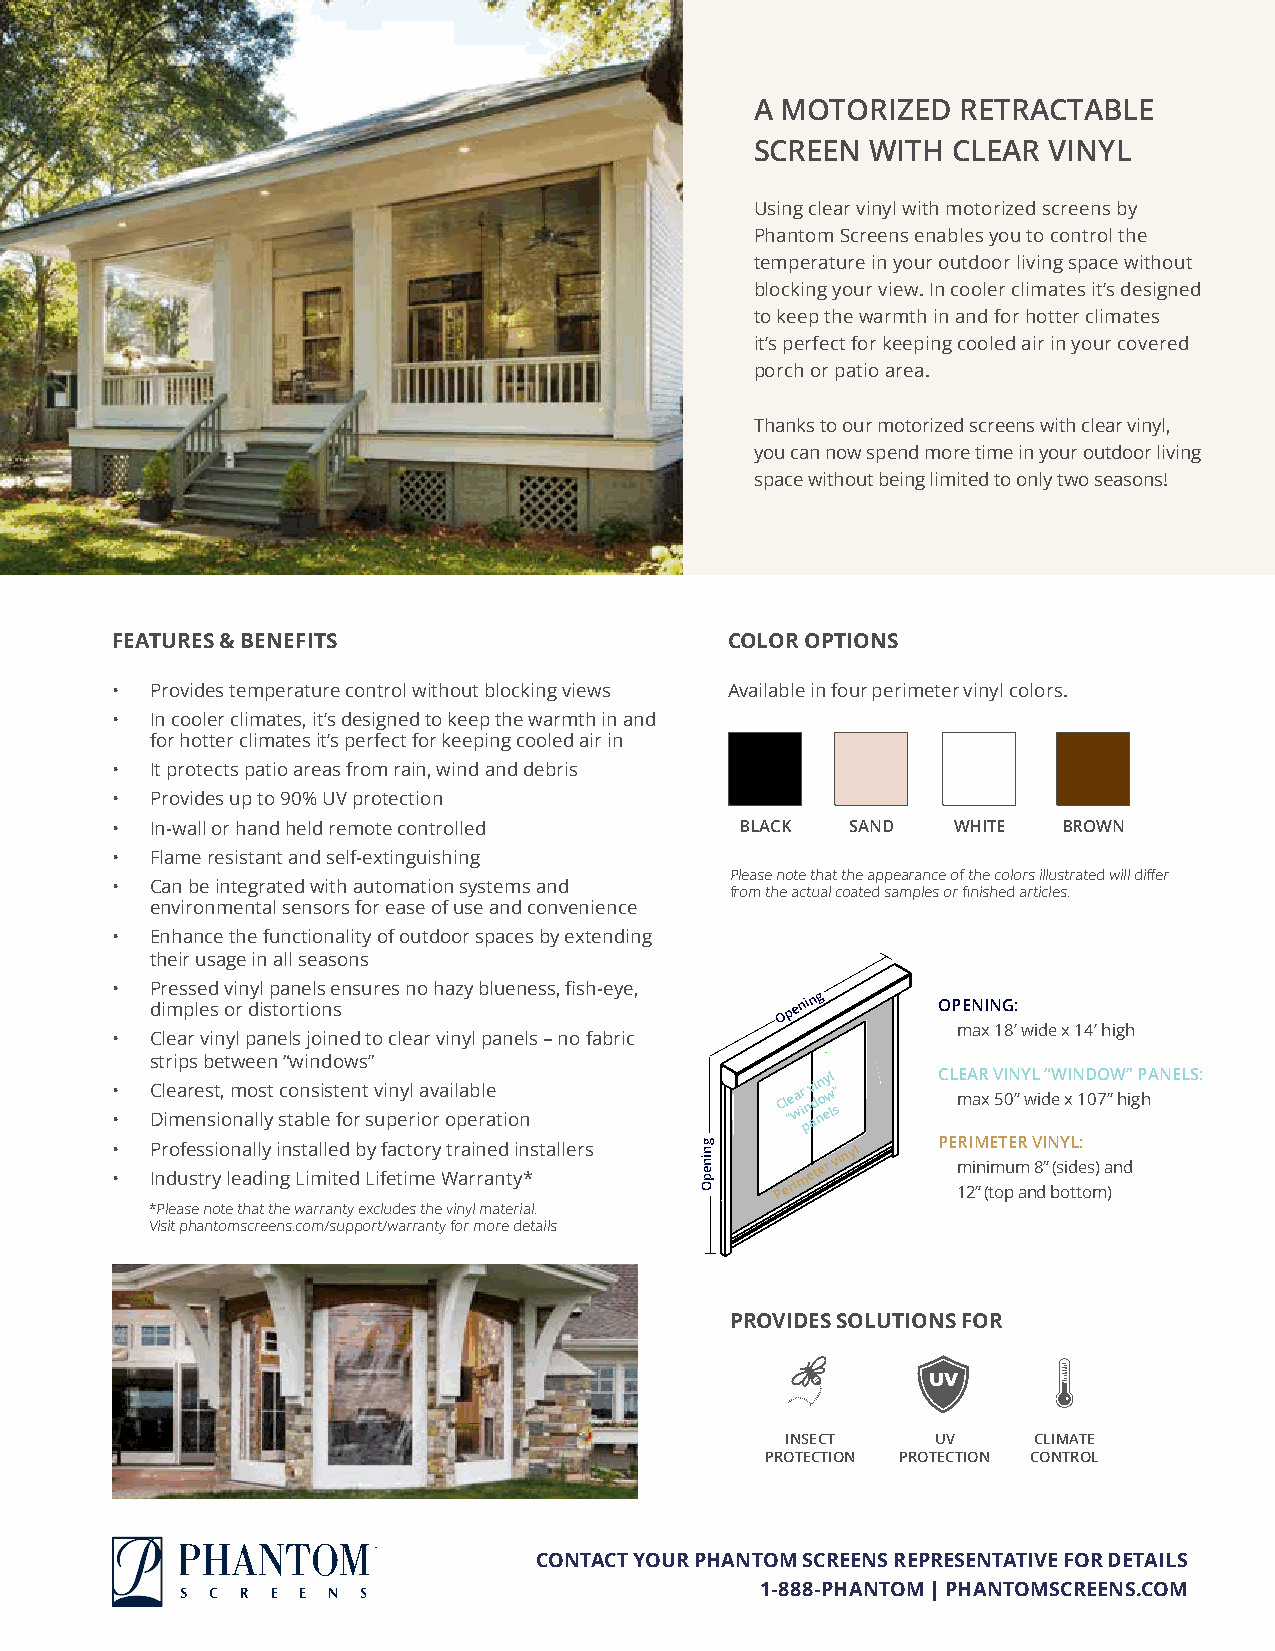
A MOTORIZED   RETRACTABLE
 SCREEN  WITH CLEAR VINYL
 Using clear vinyl with motorized screens by
 Phantom Screens enables you to control the
 temperature in your outdoor living space without
 blocking your view. In cooler climates it’s designed
 to keep the warmth in and for hotter climates
 it’s perfect for keeping cooled air in your covered
 porch or patio area.
 Thanks to our motorized screens with clear vinyl,
 you can now spend more time in your outdoor living
 space without being limited to only two seasons!
 FEATURES & BENEFITS                      COLOR OPTIONS
 •  Provides temperature control without blocking views Available in four perimeter vinyl colors.
 •  In cooler climates, it’s designed to keep the warmth in and
 for hotter climates it’s perfect for keeping cooled air in
 •  It protects patio areas from rain, wind and debris
 •  Provides up to 90% UV protection
 •  In-wall or hand held remote controlled BLACK  SAND   WHITE  BROWN
 •  Flame resistant and self-extinguishing
 Please note that the appearance of the colors illustrated will differ
 •  Can be integrated with automation systems and
 from the actual coated samples or finished articles.
 environmental sensors for ease of use and convenience
 •  Enhance the functionality of outdoor spaces by extending
 their usage in all seasons
 •  Pressed vinyl panels ensures no hazy blueness, fish-eye,
 dimples or distortions                    O p e nin g OPENING:
 max 18’ wide x 14’ high
 •  Clear vinyl panels joined to clear vinyl panels – no fabric
 strips between “windows”
 •
 •
 C Dl ie ma ere ns st i,
 o
 m nao ls lyt sc to an bs li es t fe on
 r
 t
 s
 v ui pn ey rl ia ov ra oil pa eb rle
 ation
 Cl “e wa ir pnv adi nn o ey w ll s” CL mEA aR x V 5I 0N ” Y wL i d“ eW xIN 1D 07O ”W h” ig P hANELS:
 •
 •
 P Inr do ufe ss trs yio ln eaa dlly
 in
 i gn s Lt ia mll ie td
 ed
 b Ly
 i
 ff ea tc it mor ey
 W
 tr aa rin rae nd
 t
 yin *stallers
 P
 erim
 eter
 vinyl  PE
 m
 1R 2I iM
 ”n
 (iE
 tm
 oT puE mR
 a n
 V
 8
 dI ”N b(sY oidL tte:
 o
 s m) a )nd
 *Please note that the warranty excludes the vinyl material.
 Visit phantomscreens.com/support/warranty for more details
 PROVIDES SOLUTIONS FOR
 UV
 INSECT    UV    CLIMATE
 PROTECTION PROTECTION CONTROL
 CONTACT YOUR PHANTOM SCREENS REPRESENTATIVE FOR DETAILS
 1-888-PHANTOM | PHANTOMSCREENS.COM
 gninepO